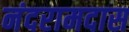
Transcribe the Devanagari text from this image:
नंदरामदास